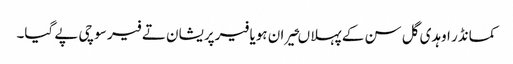
کمانڈر اوہدی گل سن کے پہلا ںحیران ہویا فیرپریشان تے فیر سوچی پے گیا۔